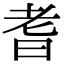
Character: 耆